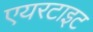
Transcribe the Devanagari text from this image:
एयरटाइट